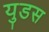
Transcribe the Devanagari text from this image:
युडस